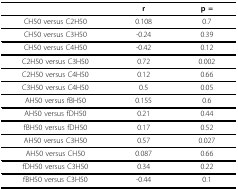
|  | r | p = |
 | --- | --- | --- |
 | CH50 versus C2H50 | 0.108 | 0.7 |
 | CH50 versus C3H50 | -0.24 | 0.39 |
 | CH50 versus C4H50 | -0.42 | 0.12 |
 | C2H50 versus C3H50 | 0.72 | 0.002 |
 | C2H50 versus C4H50 | 0.12 | 0.66 |
 | C3H50 versus C4H50 | 0.5 | 0.05 |
 | AH50 versus fBH50 | 0.155 | 0.6 |
 | AH50 versus fDH50 | 0.21 | 0.44 |
 | fBH50 versus fDH50 | 0.17 | 0.52 |
 | AH50 versus C3H50 | 0.57 | 0.027 |
 | AH50 versus CH50 | 0.087 | 0.66 |
 | fDH50 versus C3H50 | 0.34 | 0.22 |
 | fBH50 versus C3H50 | -0.44 | 0.1 |